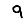
Digit: 9